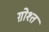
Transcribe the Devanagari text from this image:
ग़ोश्त